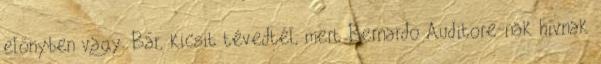
előnyben vagy. Bár, kicsit tévedtél, mert Bernardo Auditore-nak hívnak